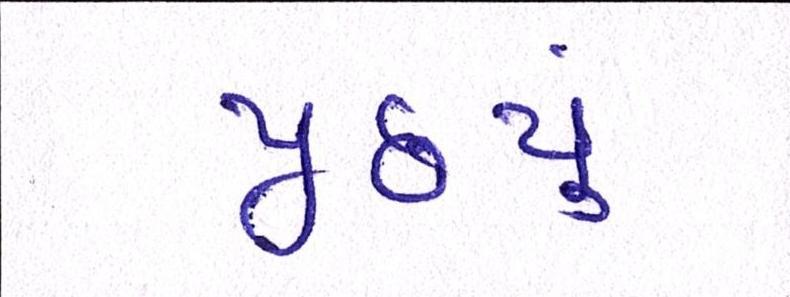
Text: પૂછ્યું